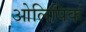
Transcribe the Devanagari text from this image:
ओलिपिंक